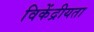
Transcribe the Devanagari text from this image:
विकेंद्रीयता